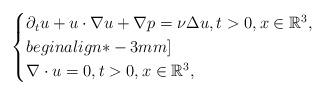
LaTeX: \begin{align*}\begin{cases}\partial_tu + u\cdot\nabla u + \nabla p = \nu\Delta u,t > 0, x \in \mathbb{R}^3,\\begin{align*}-3mm]\\\nabla\cdot u = 0,t > 0, x \in \mathbb{R}^3,\end{cases}\end{align*}